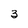
Character: 3